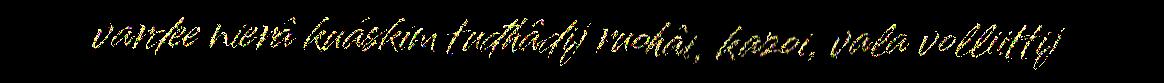
vardee nierâ kuáskim tuđhâdij ruohâi, kazoi, vala volliittij